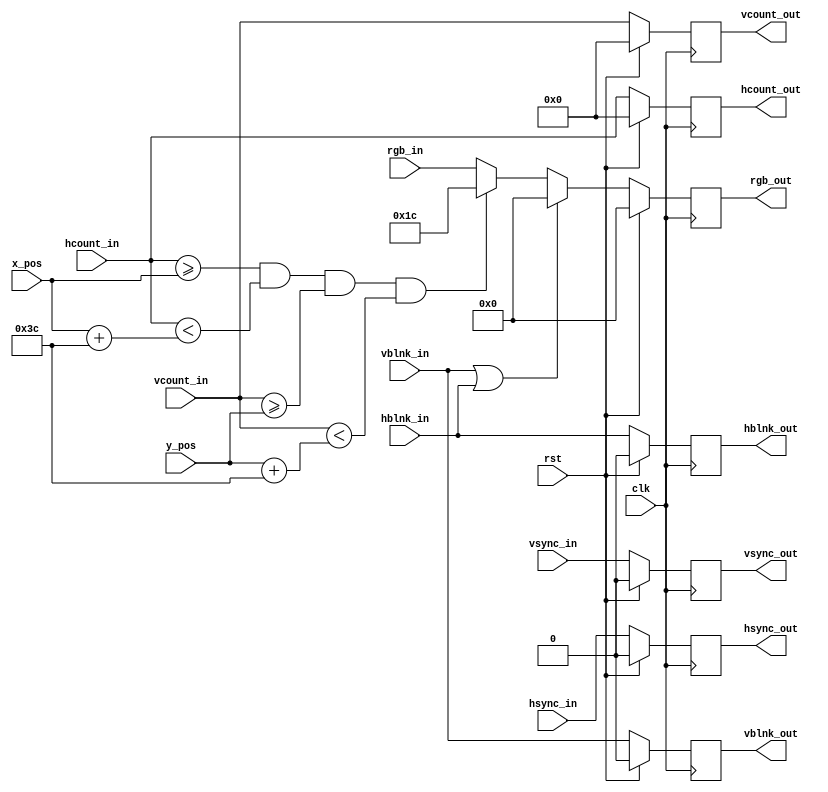
`timescale 1ns / 1ps
//////////////////////////////////////////////////////////////////////////////////
// Company: 
// Engineer: 
// 
// Design Name: 
// Module Name: draw_object
// Project Name: 
// Target Devices: 
// Tool Versions: 
// Description: 
// 
// Dependencies: 
// 
// Revision:
// Revision 0.01 - File Created
// Additional Comments:
// 
//////////////////////////////////////////////////////////////////////////////////


module draw_object
#(parameter COLOR = 12'h0_1_c, WIDTH = 60, HEIGHT = 60) //BLUE
(
    input wire clk,
    input wire rst,
    input wire [10:0] vcount_in,
    input wire vsync_in,
    input wire vblnk_in,
    input wire [10:0] hcount_in,
    input wire hsync_in,
    input wire hblnk_in,
    input wire [11:0] rgb_in,
    input wire [11:0] x_pos, 
    input wire [11:0] y_pos, 
    
    output reg [10:0] vcount_out,
    output reg vsync_out,
    output reg vblnk_out,
    output reg [10:0] hcount_out,
    output reg hsync_out,
    output reg hblnk_out,
    output reg [11:0] rgb_out
    );
    
    reg [11:0] rgb_out_nxt;
    
    localparam SQUARE_SIDE = 60;
    localparam BLACK = 12'h0_0_0;
    localparam BLUE = 12'h0_1_c;
        
    always @(posedge clk)
    begin
        if(rst)
        begin
            hcount_out <= 0;
            hsync_out  <= 0;
            hblnk_out  <= 0;
            vcount_out <= 0;
            vsync_out  <= 0;
            vblnk_out  <= 0;
            rgb_out    <= 0;
        end
        else
        begin
            hcount_out <= hcount_in;
            hsync_out  <= hsync_in;
            hblnk_out  <= hblnk_in;
            vcount_out <= vcount_in;
            vsync_out  <= vsync_in; 
            vblnk_out  <= vblnk_in; 
            rgb_out    <= rgb_out_nxt;   
        end
    end    
        
    always @*
    begin
        if (vblnk_in || hblnk_in)
            rgb_out_nxt <= BLACK; 
        else
        begin
            if ((hcount_in >= x_pos)&(hcount_in < (x_pos + WIDTH))&(vcount_in >= y_pos)&(vcount_in < (y_pos + HEIGHT))) rgb_out_nxt <= COLOR;
                    else rgb_out_nxt <= rgb_in;  
        end 
    end
    
endmodule